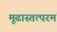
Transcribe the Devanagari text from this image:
मूढास्तत्परमं